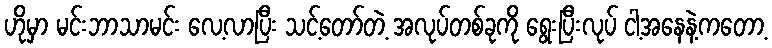
ဟိုမှာ မင်းဘာသာမင်း လေ့လာပြီး သင့်တော်တဲ့ အလုပ်တစ်ခုကို ရွေးပြီးလုပ် ငါ့အနေနဲ့ကတော့